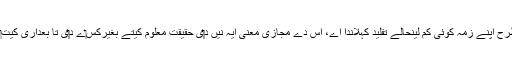
ايس‏ے طرح اپنے زمہ کوئی کم لینحالے تقلید کہلاندا اے، اس دے مجازی معنیٰ ایہ نيں د‏‏ی حقیقت معلوم کیتے بغیرکِس‏ے د‏‏ی تا بعداری کيت‏ی جائے۔